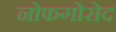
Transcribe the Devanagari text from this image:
नोफगोरोद